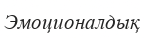
Эмоционалдық